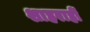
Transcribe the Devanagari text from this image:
शाहराहीं